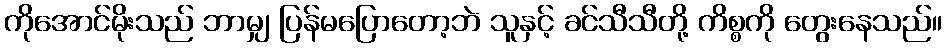
ကိုအောင်မိုးသည် ဘာမျှ ပြန်မပြောတော့ဘဲ သူနှင့် ခင်သီသီတို့ ကိစ္စကို တွေးနေသည်။